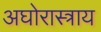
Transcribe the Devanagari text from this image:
अघोरास्त्राय